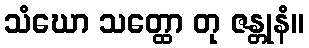
သံဃော သတ္ထော တု ဇန္တုနံ။